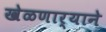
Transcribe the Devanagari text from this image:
खेळणार्‍याने